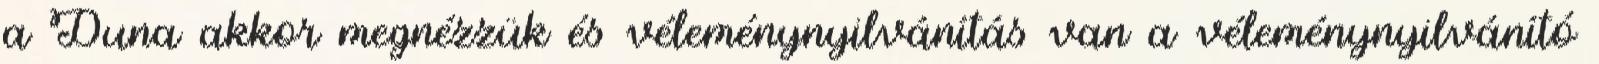
a Duna akkor megnézzük és véleménynyilvánítás van a véleménynyilvánító